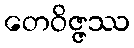
တေဝိဇ္ဇဿ